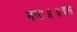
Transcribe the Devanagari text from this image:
नमः॥॥इस